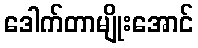
ဒေါက်တာမျိုးအောင်